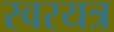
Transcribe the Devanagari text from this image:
स्वरयत्र